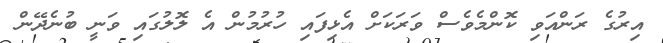
އިރުގެ ރަންއަވި ކޮންމެވެސް ވަރަކަށް އެޅިފައި ހުރުމުން އެ ލޮލުގައި ވަނީ ބުނެދޭން